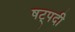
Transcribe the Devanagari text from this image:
षट्‍पदी